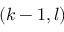
( k - 1 , l )